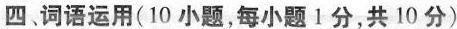
四 词语运用( 10 小题,每小题 1 分,共 10 分)